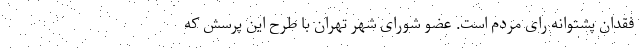
فقدان پشتوانه رای مردم است. عضو شورای شهر تهران با طرح این پرسش که